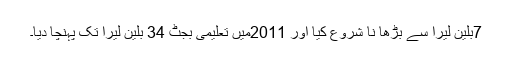
7بلین لیرا سے بڑھا نا شروع کیا اور 2011میں تعلیمی بجٹ 34 بلین لیرا تک پہنچا دیا۔